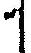
1